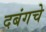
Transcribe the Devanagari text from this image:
दबंगचे